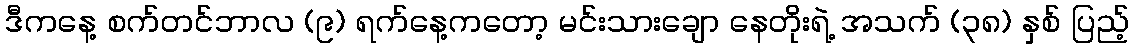
ဒီကနေ့ စက်တင်ဘာလ (၉) ရက်နေ့ကတော့ မင်းသားချော နေတိုးရဲ့ အသက် (၃၈) နှစ် ပြည့်